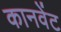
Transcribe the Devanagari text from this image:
कानवेंट